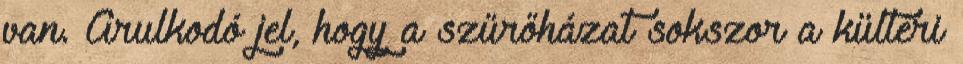
van. Árulkodó jel, hogy a szűrőházat sokszor a kültéri